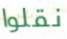
نقلوا